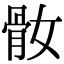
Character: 𩨚